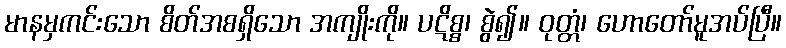
မာနမှကင်းသော စိတ်အစရှိသော အကျိုးကို။ ပဋိစ္စ၊ စွဲ၍။ ဝုတ္တံ၊ ဟောတော်မူအပ်ပြီ။